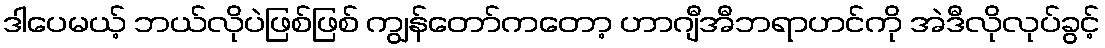
ဒါပေမယ့် ဘယ်လိုပဲဖြစ်ဖြစ် ကျွန်တော်ကတော့ ဟာဂျီအီဘရာဟင်ကို အဲဒီလိုလုပ်ခွင့်